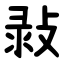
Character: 㪖